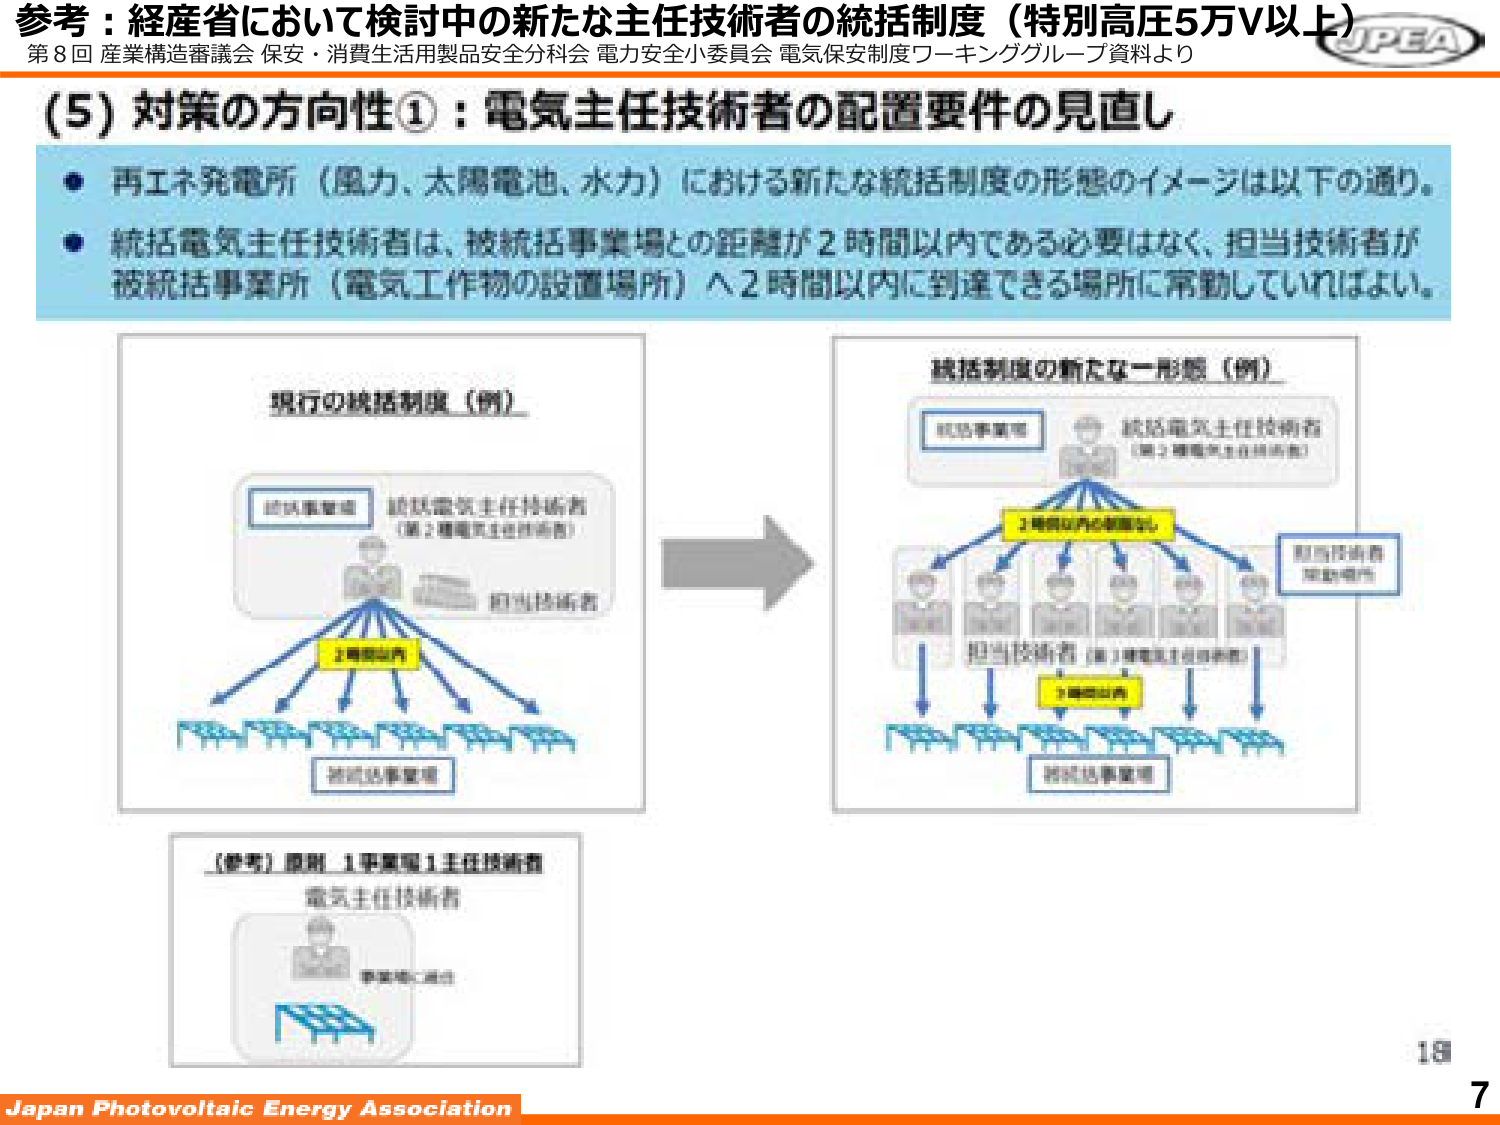
参考：経産省において検討中の新たな主任技術者の統括制度（特別高圧5万V以上）
第8回 産業構造審議会 保安・消費生活用製品安全分科会 電力安全小委員会 電気保安制度ワーキンググループ資料より

(5) 対策の方向性①：電気主任技術者の配置要件の見直し

・丙エネ発電所（風力、太陽電池、水力）における新たな統括制度の形態のイメージは以下の通り。
・統括電気主任技術者は、被統括事業場との距離が2時間以内である必要はなく、担当技術者が被統括事業所（電気工作物の設置場所）へ2時間以内に到達できる場所に常勤していればよい。

現行の統括制度（例）
統括事業場
統括電気主任技術者
（第2種電気主任技術者）
担当技術者
2時間以内
被統括事業場

統括制度の新たな一形態（例）
統括事業場
統括電気主任技術者
（第2種電気主任技術者）
2時間以内の到達可能
担当技術者（第2種電気主任技術者）
担当技術者常勤場所
2時間以内
被統括事業場

〔参考〕原則 1事業場1主任技術者
電気主任技術者
事業場に常勤

JPEA
Japan Photovoltaic Energy Association
7
19